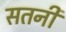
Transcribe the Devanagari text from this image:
सतनी